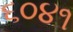
૬૦૪૧